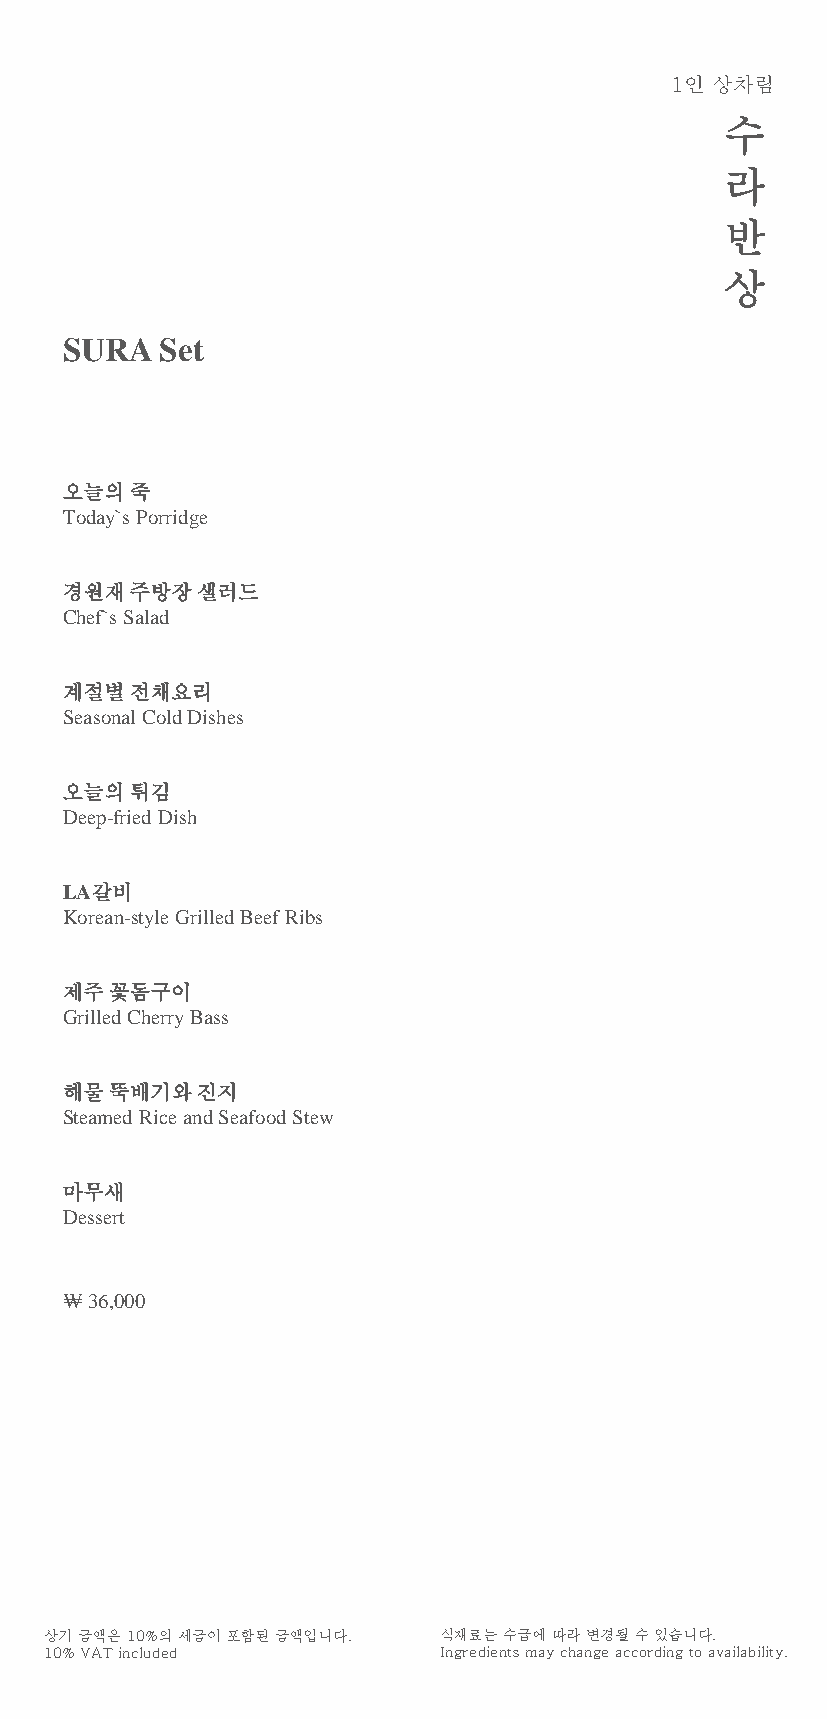
1인 상차림
 수
 라
 반
 상
 SURA   Set
 오늘의죽
 Today`s Porridge
 경원재주방장샐러드
 Chef`s Salad
 계절별전채요리
 Seasonal Cold Dishes
 오늘의튀김
 Deep-fried Dish
 LA갈비
 Korean-style Grilled Beef Ribs
 제주꽃돔구이
 Grilled Cherry Bass
 해물뚝배기와진지
 Steamed Rice and Seafood Stew
 마무새
 Dessert
 ₩ 36,000
 상기금액은10%의세금이포함된금액입니다.     식재료는수급에따라변경될수있습니다.
 10% VAT included          Ingredients may change according to availability.